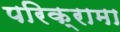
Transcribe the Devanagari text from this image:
परिक्रामा